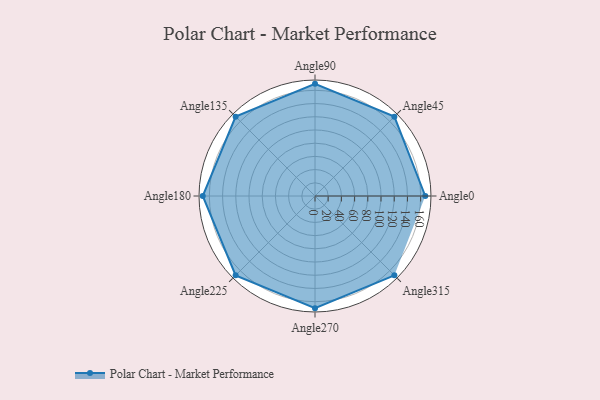
{"axis": {"x": "Angle", "y": "Radius"}, "legend": [""], "data": [{"x": "Angle0", "y": 167.0, "type": ""}, {"x": "Angle45", "y": 170, "type": ""}, {"x": "Angle90", "y": 170, "type": ""}, {"x": "Angle135", "y": 170, "type": ""}, {"x": "Angle180", "y": 170, "type": ""}, {"x": "Angle225", "y": 170, "type": ""}, {"x": "Angle270", "y": 170, "type": ""}, {"x": "Angle315", "y": 170, "type": ""}]}